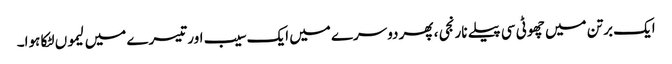
ایک برتن میں چھوٹی سی پیلے نارنجی ، پھر دوسرے میں ایک سیب اور تیسرے میں لیموں لٹکا ہوا۔